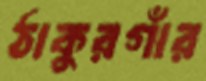
ঠাকুরগাঁর